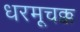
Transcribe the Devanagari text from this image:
धरमूचक्क